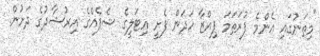
"މިތަނުގައި އެންމެ ފުރަތަމަ ޕިއްޒާ ހަދަން ފެށީ އިޓަލީގެ ޝެފެއްގެ އިރުޝާދުގެ ދަށުން.